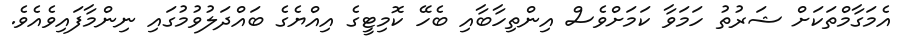
އެމަގާމްތަކަށް ޝަރުތު ހަމަވާ ކަމަށްވެސް އިންތިހާބާއި ބެހޭ ކޮމިޓީގެ އިއްޔެގެ ބައްދަލުވުމުގައި ނިންމާފައިވެއެވެ.